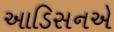
આડિસનએ